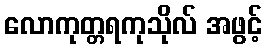
လောကုတ္တရကုသိုလ် အဖွင့်